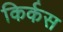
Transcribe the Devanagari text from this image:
किर्कस